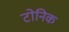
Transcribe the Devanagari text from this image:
टोनिक